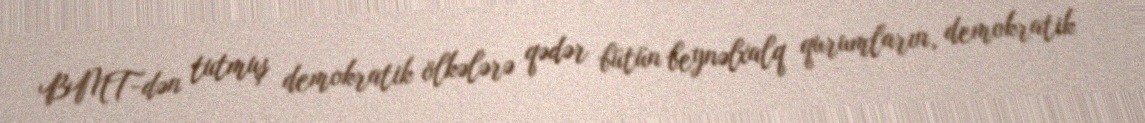
BMT-dən tutmuş demokratik ölkələrə qədər bütün beynəlxalq qurumların, demokratik